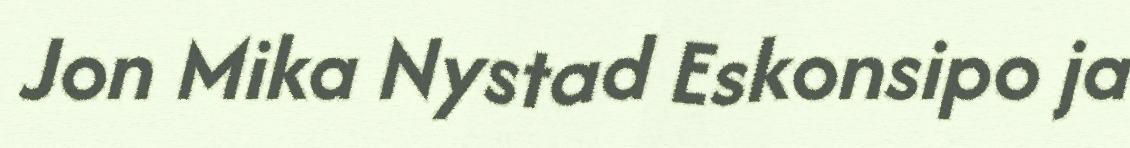
Jon Mika Nystad Eskonsipo ja